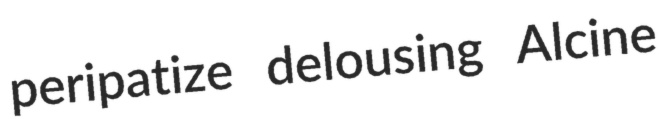
peripatize delousing Alcine